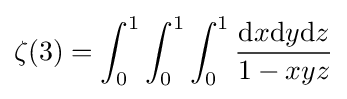
\zeta (3)=\int _{0}^{1}\int _{0}^{1}\int _{0}^{1}{\frac {\mathrm {d} x\mathrm {d} y\mathrm {d} z}{1-xyz}}